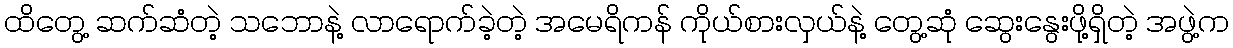
ထိတွေ့ ဆက်ဆံတဲ့ သဘောနဲ့ လာရောက်ခဲ့တဲ့ အမေရိကန် ကိုယ်စားလှယ်နဲ့ တွေ့ဆုံ ဆွေးနွေးဖို့ရှိတဲ့ အဖွဲ့က